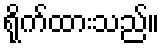
ရိုက်ထားသည်။